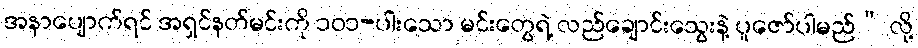
အနာပျောက်ရင် အရှင်နတ်မင်းကို ၁၀၁-ပါးသော မင်းတွေရဲ့ လည်ချောင်းသွေးနဲ့ ပူဇော်ပါမည်” လို့